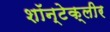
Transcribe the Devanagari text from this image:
शॉन्टेक्लीर